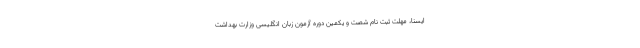
ایسنا، مهلت ثبت نام شصت و یکمین دوره آزمون زبان انگلیسی وزارت بهداشت